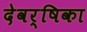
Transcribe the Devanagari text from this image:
देवर्षिका